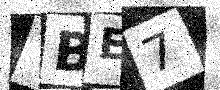
Text: TBE7